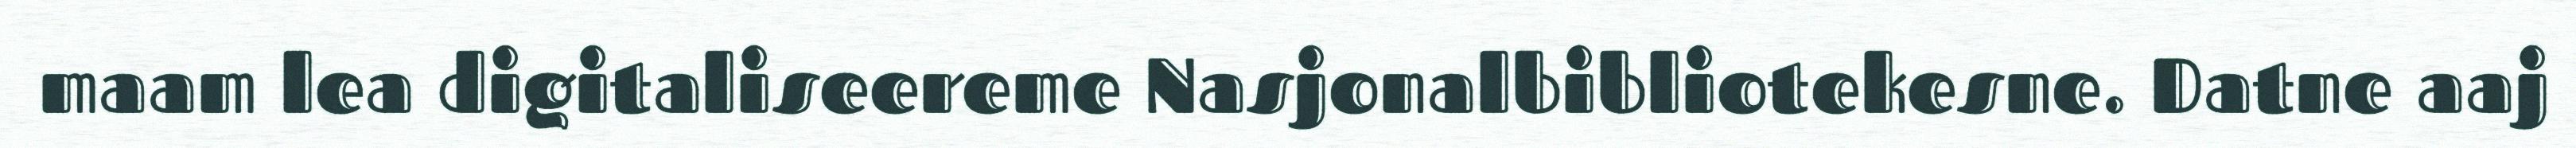
maam lea digitaliseereme Nasjonalbibliotekesne. Datne aaj